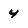
Character: 4